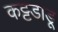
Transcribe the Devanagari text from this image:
कट्टडाडू